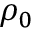
\rho _ { 0 }